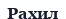
Рахил